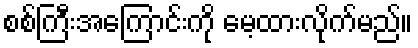
စစ်ကြီးအကြောင်းကို မေ့ထားလိုက်မည်။